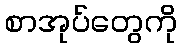
စာအုပ်တွေကို